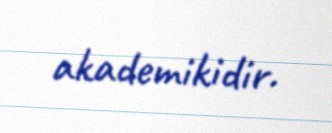
akademikidir.